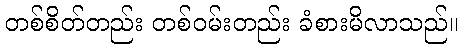
တစ်စိတ်တည်း တစ်ဝမ်းတည်း ခံစားမိလာသည်။